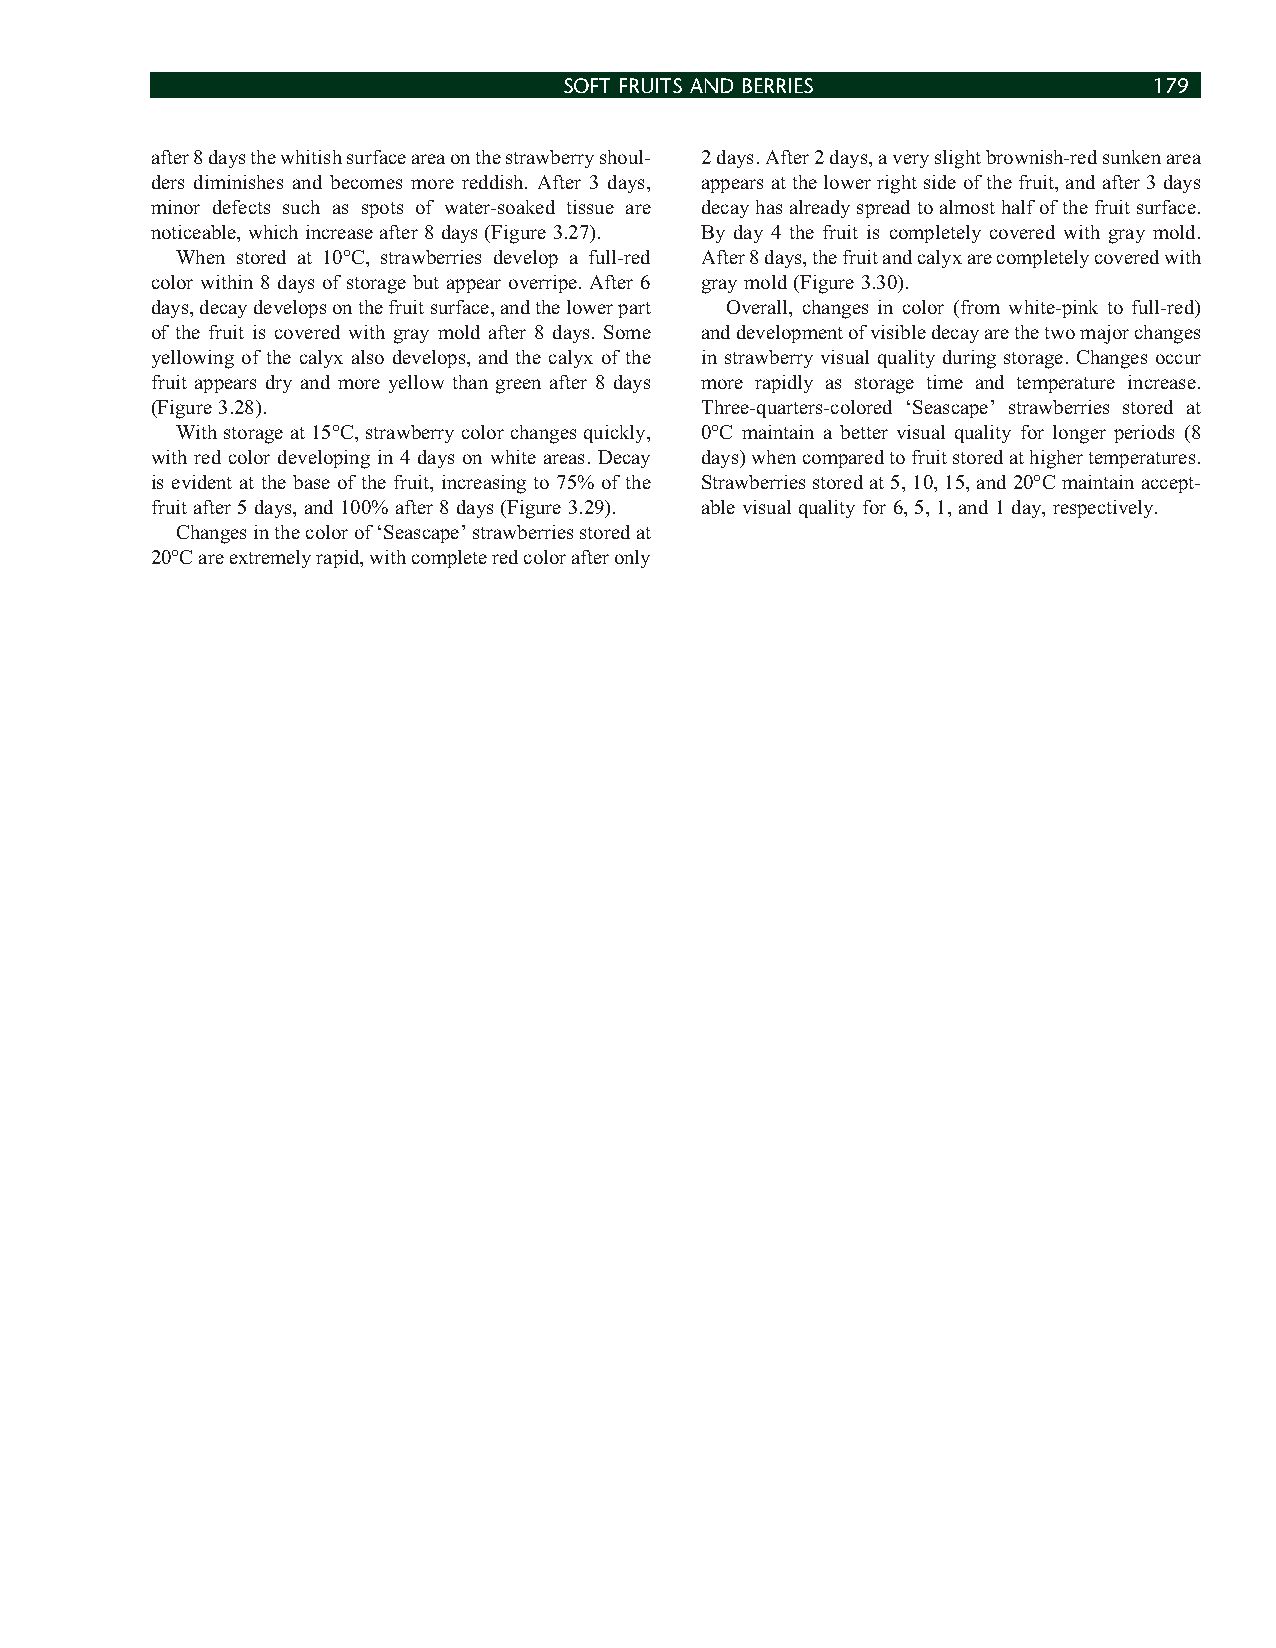
SOFT FRUITS AND BERRIES                179
 after 8 days the whitish surface area on the strawberry shoul- 2 days. After 2 days, a very slight brownish-red sunken area
 ders diminishes and becomes more reddish. After 3 days, appears at the lower right side of the fruit, and after 3 days
 minor defects such as spots of water-soaked tissue are decay has already spread to almost half of the fruit surface.
 noticeable, which increase after 8 days (Figure 3.27). By day 4 the fruit is completely covered with gray mold.
 When stored at 10°C, strawberries develop a full-red After 8 days, the fruit and calyx are completely covered with
 color within 8 days of storage but appear overripe. After 6 gray mold (Figure 3.30).
 days, decay develops on the fruit surface, and the lower part Overall, changes in color (from white-pink to full-red)
 of the fruit is covered with gray mold after 8 days. Some and development of visible decay are the two major changes
 yellowing of the calyx also develops, and the calyx of the in strawberry visual quality during storage. Changes occur
 fruit appears dry and more yellow than green after 8 days more rapidly as storage time and temperature increase.
 (Figure 3.28).                      Three-quarters-colored ‘Seascape’ strawberries stored at
 With storage at 15°C, strawberry color changes quickly, 0°C maintain a better visual quality for longer periods (8
 with red color developing in 4 days on white areas. Decay days) when compared to fruit stored at higher temperatures.
 is evident at the base of the fruit, increasing to 75% of the Strawberries stored at 5, 10, 15, and 20°C maintain accept-
 fruit after 5 days, and 100% after 8 days (Figure 3.29). able visual quality for 6, 5, 1, and 1 day, respectively.
 Changes in the color of ‘Seascape’ strawberries stored at
 20°C are extremely rapid, with complete red color after only